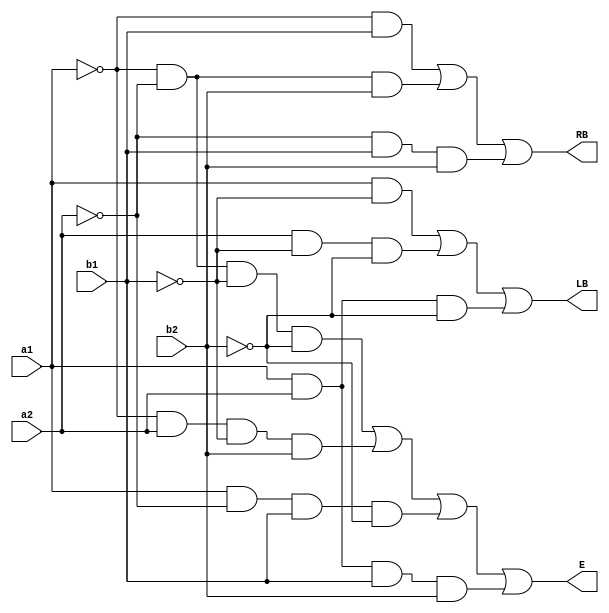
`timescale 1ns / 1ps

module bc(
    input a1,
    input a2,
    input b1,
    input b2,
    output LB,
    output E,
    output RB
    );

assign LB = (a1&&(~b1)) || (a2&&(~b1)&&(~b2)) || (a1&&a2&&(~b2));
assign E = ((~a1)&&(~a2)&&(~b1)&&(~b2)) || ((~a1)&&a2&&(~b1)&&b2) || (a1&&(~a2)&&b1&&(~b2)) || (a1&&a2&&b1&&b2);
assign RB = ((~a1)&&b1) || ((~a1)&&(~a2)&&b2) || ((~a2)&&b1&&b2);

endmodule